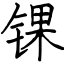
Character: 锞